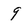
Character: 9